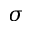
\sigma